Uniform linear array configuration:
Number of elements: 4
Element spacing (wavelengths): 0.5
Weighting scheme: kaiser
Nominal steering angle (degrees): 0
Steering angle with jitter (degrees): -0.1081
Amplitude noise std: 0.05
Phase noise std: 0.05

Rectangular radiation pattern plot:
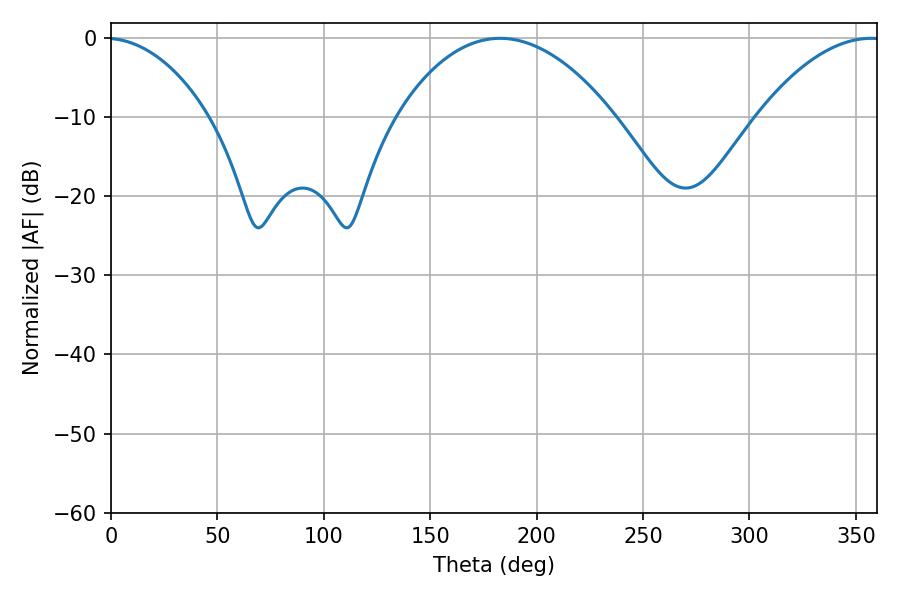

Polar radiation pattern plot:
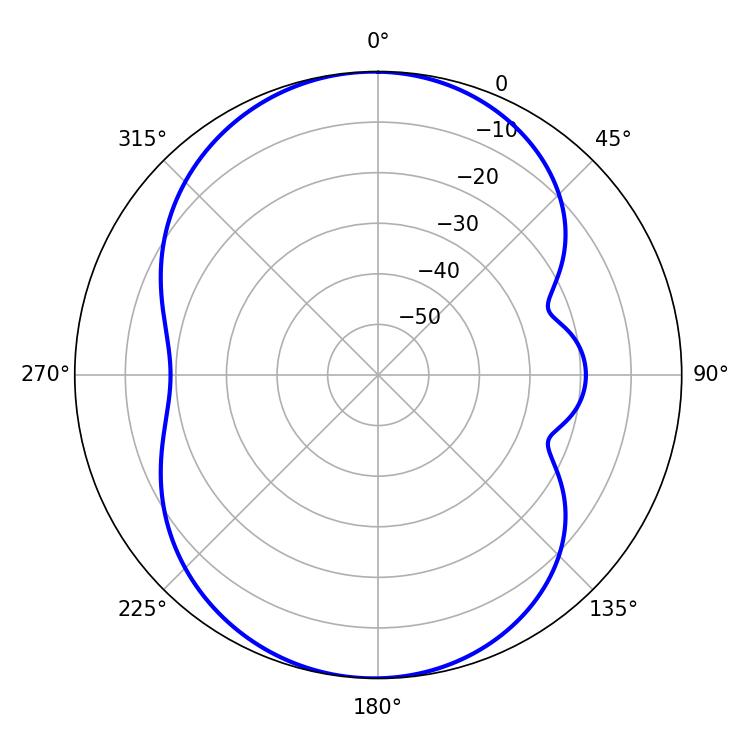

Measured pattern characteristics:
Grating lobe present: FALSE
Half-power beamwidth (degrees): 56.88
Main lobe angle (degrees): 182.88